Vaccination in the Punjab 1883-1896 - 1883-1896
Year: 1883
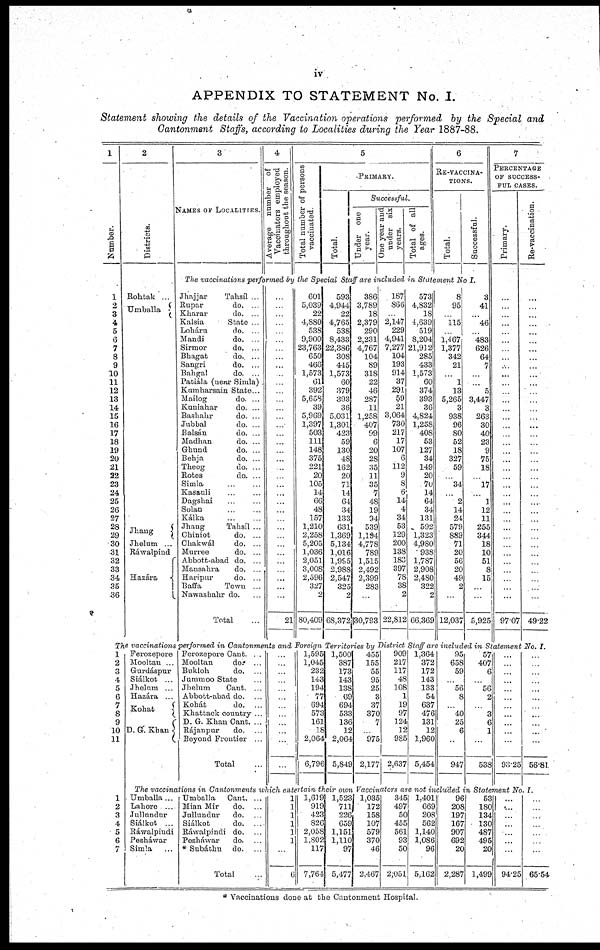
iv
APPENDIX TO STATEMENT No. I.
Statement showing the details of the Vaccination operations performed by the Special and
Cantonment Staffs, according to Localities during the Year 1887-88.
1
Number.
1
2
3
4
5
6
7
8
9
10
11
12
13
14
15
16
17
18
19
20
21
22
23
24
25
26
27
28
29
30
31
32
33
34
35
36
2
Districts.
Rohtak
Umballa
Jhaug
Jhelum ...
Ráwalpind
Hazára
3
NAMES OF LOCALITIES.
4
Average number of
Vaccinators employed
throughout the season.
5
Total number of persons
vaccinated
PRIMARY.
Total.
Successful.
Under one
year.
under six
years.
Total of all
ages.
6
RE-VACCINA-
-----.
Total.
Successful.
The vaccinations performed by the Special Staff are included in Statement No I.
Jhajjar
Tahsíl .
Rupar
do.
Kharar
do.
Kalsia
State
Loháru.
do.
Mandi
do.
Sirmor
do. .
Bhagat
do. . .
Sangri
do. . .
Bahgal
do. .
Patiála (near Simla)
Kumharsain State .
Mailog
do. .
Kumahar
do.
Bashahr
do. . .
Jubbal
do.
Balsán
do. .
Madhan
do. .
Ghund
do.
Behja
do.
Theog
do.
Rotes
do. . .
Simla . .
Kasauli ... .
Dagshai . .
Solan . .
Kálka ... .
Jhaug
Tahsíl .
Ckmiot
do.
Ohakwál
do. .
Murree
do. .
Abbott-abad do. .
Mansahra
do.
Haripur
do.
Baffa
Town ..
Nawashahr do.
Total .
...
...
...
...
...
...
...
...
...
...
...
...
...
...
...
...
...
...
...
...
...
...
...
...
...
...
...
...
...
...
...
...
...
...
...
...
21
601
5,039
22
4,880
538
9,900
23,763
650
466
1,573
61
392
5,658
39
5,969
1,397
503
111
148
375
221
20
105
14
66
48
157
1,210
2,258
5,205
1,036
2,051
3,008
2,596
327
2
80,409
593
4,944
22
4,765
538
8,433
22,386
308
445
1,573
60
379
393
36
5,031
1,301
423
59
130
48
162
20
71
14
64
34
133
631
1,369
5,134
1,016
1,995
2,988
2,547
325
2
68,372
386
3,789
18
2,379
290
2,231
4,767
104
89
318
22
46
287
11
1,258
407
99
6
20
28
35
11
35
7
48
19
94
539
1,194
4,778
789
1,515
2,492
2,399
283
...
30,793
187
866
...
2,147
229
4,941
7,277
104
193
914
37
291
59
21
3,064
730
217
17
107
6
112
9
8
6
14
4
34
53
129
200
138
183
397
78
38
2
22,812
573
4,832
18
4,639
519
8,204
21 ,912
285
433
1,573
60
374
393
36
4,824
1,258
408
53
127
34
149
20
70
14
64
34
131
592
1,323
4,980
938
1,787
2,908
2,480
322
2
66,369
8
95
...
115
...
1,467
1,377
342
21
...
1
13
5,265
3
938
96
80
52
18
327
59
...
34
...
2
14
24
579
889
71
20
56
20
49
2
...
12,037
3
41
...
46
...
483
626
64
7
...
...
5
3,447
3
263
30
40
23
9
75
18
...
17
...
1
12
11
255
344
18
10
51
8
15
...
...
5,925
7
PERCENTAGE
OF SUCCESS-
--- CASES.
Primary.
...
...
...
...
...
...
...
...
...
...
...
...
...
...
...
...
...
...
...
...
...
...
...
...
...
...
...
...
...
...
...
...
...
...
...
...
97.07
Re-vaccination.
...
...
...
...
...
...
...
...
...
...
...
...
...
...
...
...
...
...
...
...
...
...
...
...
...
...
...
...
...
...
...
...
...
...
...
...
49.22
The vaccinations performed in Cantonments and Foreign Territories by District Staff are included in Statement No. I.
1
2
3
4
5
6
7
8
9
10
11
1
2
3
4
5
6
7
Ferozepore
Mooltan .
Gurdáspur
Siálkot .
Jhelum ..
Hazára .
Kohat
D. G. Khan
Ferozepore Cant. .
Mooltan
do. .
Bukloh
do.
Jummoo State
Jhelum
Cant. .
Abbott-abad do. .
Kohát
do.
Khattack country
D. G. Khan Cant. .
Rájanpur
do .
Beyond Frontier
Total .
...
...
...
...
...
...
...
...
...
...
...
...
1,595
1,045
232
143
194
77
694
573
161
18
2,064
6,796
1,500
387
173
143
138
69
694
533
136
12
2,064
5,849
455
155
55
95
25
3
37
370
7
...
975
2,177
909
217
117
48
108
1
19
97
124
12
985
2,637
1,364
372
172
143
133
54
637
476
131
12
1,960
5,454
95
658
59
...
56
8
...
40
25
6
...
947
57
407
6
...
56
2
...
3
6
1
...
538
...
...
...
...
...
...
...
...
...
...
...
93.25
...
...
...
...
...
...
...
...
...
...
...
56.81
The vaccinations in Cantonments which entertain their own Vaccinators are not included in Statement No. 1.
Umballa ..
Lahore .
Jullundur
Siálkot .
Ráwalpindi
Pesháwar
Simla
Umballa
Cant.
Mian Mir
do. .
Jullundur
do.
Siálkot
do.
Ráwalpindi do.
Pesháwar
do. .
* Subáthu do.
Total
1
1
1
1
1
1
...
6
1,619
919
423
826
2,058
1,802
117
7,764
1,523
711
226
659
1,151
1,110
97
5,477
1,035
172
158
107
579
370
46
2,467
345
497
50
455
561
93
50
2,051
1,401
669
208
565
1,140
1,086
96
5,162
96
208
197
167
907
692
20
2,287
53
180
134
130
487
495
20
1,499
...
...
...
...
...
...
...
94.25
...
...
...
...
...
...
...
65.54
* Vaccinations done at the Cantonment Hospital.